Report of the Indian Hemp Drugs Commission, 1894-1895 - Volume IV
Year: 1894
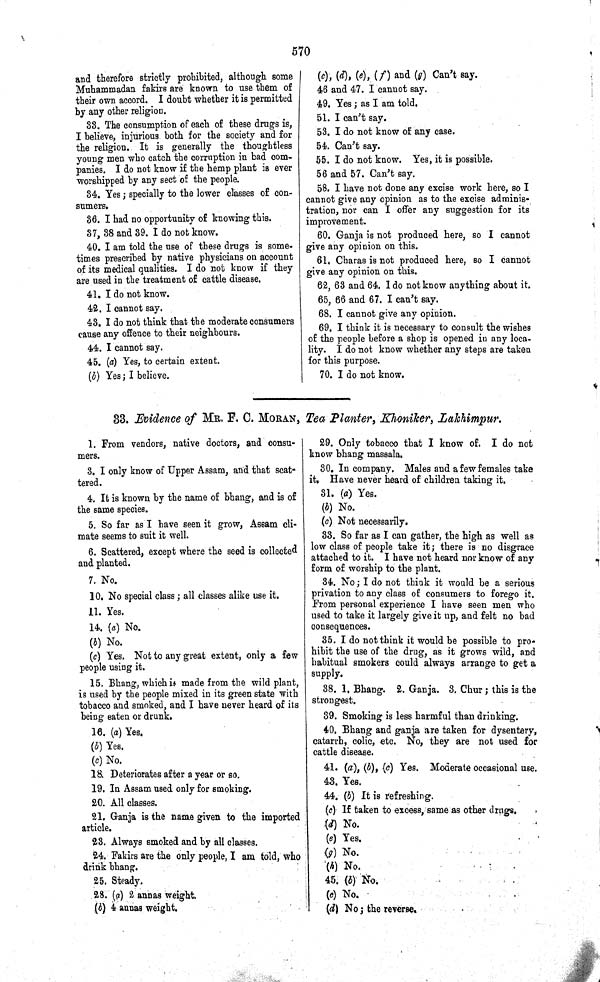
570
and therefore strictly prohibited, although some
Muhammadan fakirs are known to use them of
their own accord. I doubt whether it is permitted
by any other religion.
33. The consumption of each of these drugs is,
I believe, injurious both for the society and for
the religion. It is generally the thoughtless
young men who catch the corruption in bad com-
panies. I do not know if the hemp plant is ever
worshipped by any sect of the people.
34. Yes; specially to the lower classes of con-
sumers.
36. I had no opportunity of knowing this.
37, 38 and 39. I do not know.
40. I am told the use of these drugs is some-
times prescribed by native physicians on account
of its medical qualities. I do not know if they
are used in the treatment of cattle disease.
41. I do not know.
42. I cannot say.
43. I do not think that the moderate consumers
cause any offence to their neighbours.
44. I cannot say.
45. (a) Yes, to certain extent.
(b) Yes; I believe.
(c), (d), (e), (f) and (g) Can't say.
46 and 47. I cannot say.
49. Yes; as I am told.
51. I can't say.
53. I do not know of any case.
54. Can't say.
55. I do not know. Yes, it is possible.
56 and 57. Can't say.
58. I have not done any excise work here, so I
cannot give any opinion as to the excise adminis-
tration, nor can I offer any suggestion for its
improvement.
60. Ganja is not produced here, so I cannot
give any opinion on this.
61. Charas is not produced here, so I cannot
give any opinion on this.
62, 63 and 64. I do not know anything about it.
65, 66 and 67. I can't say.
68. I cannot give any opinion.
69. I think it is necessary to consult the wishes
of the people before a shop is opened in any loca-
lity. I do not know whether any steps are taken
for this purpose.
70. I do not know.
33. Evidence of MR. F. C. MORAN, Tea Planter, Khoniker, Lakhimpur.
1. From vendors, native doctors, and consu-
mers.
3. I only know of Upper Assam, and that scat-
tered.
4. It is known by the name of bhang, and is of
the same species.
5. So far as I have seen it grow, Assam cli-
mate seems to suit it well.
6. Scattered, except where the seed is collected
and planted.
7. No.
10. No special class; all classes alike use it.
11. Yes.
14. (a) No.
(b) No.
(c) Yes. Not to any great extent, only a few
people using it.
15. Bhang, which is made from the wild plant,
is used by the people mixed in its green state with
tobacco and smoked, and I have never heard of its
being eaten or drunk.
16. (a) Yes.
(b) Yes.
(c) No.
18. Deteriorates after a year or so.
19. In Assam used only for smoking.
20. All classes.
21. Ganja is the name given to the imported
article.
23. Always smoked and by all classes.
24. Fakirs are the only people, I am told, who
drink bhang.
25. Steady.
28. (a) 2 annas weight.
(b) 4 annas weight.
29. Only tobacco that I know of. I do not
know bhang massala.
30. In company. Males and a few females take
it. Have never heard of children taking it.
31. (a) Yes.
(b) No.
(c) Not necessarily.
33. So far as I can gather, the high as well as
low class of people take it; there is no disgrace
attached to it. I have not heard nor know of any
form of worship to the plant.
34. No; I do not think it would be a serious
privation to any class of consumers to forego it.
From personal experience I have seen men who
used to take it largely give it up, and felt no bad
consequences.
35. I do not think it would be possible to pro-
hibit the use of the drug, as it grows wild, and
habitual smokers could always arrange to get a
supply.
38. 1. Bhang. 2. Ganja. 3. Chur; this is the
strongest.
39. Smoking is less harmful than drinking.
40. Bhang and ganja are taken for dysentery,
catarrh, colic, etc. No, they are not used for
cattle disease.
41. (a), (b), (c) Yes. Moderate occasional use.
43. Yes.
44. (b) It is refreshing.
(c) If taken to excess, same as other drugs.
(d) No.
(e) Yes.
(g) No.
(h) No.
45. (b) No.
(c) No.
(d) No; the reverse.